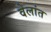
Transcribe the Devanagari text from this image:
वेलांत